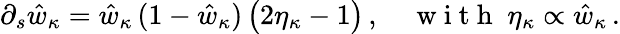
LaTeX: \partial_{s}\hat{w}_{\kappa}=\hat{w}_{\kappa}\, (1-\hat{w}_{\kappa})\, \big(2\eta_{\kappa}-1\big)\, ,\quad\mathrm{~w~i~t~h~}\; \eta_{\kappa}\propto\hat{w}_{\kappa}\, .